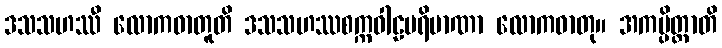
ဒသသဟဿီ လောကဓာတူတိ ဒသသဟဿစက္ကဝါဠပရိမာဏာ လောကဓာတု။ အကမ္ပိတ္ထာတိ